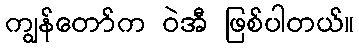
ကျွန်တော်က ဝဲအီ ဖြစ်ပါတယ်။